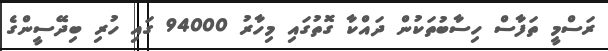
ރަސްމީ ތަފާސް ހިސާބުތަކުން ދައްކާ ގޮތުގައި މިހާރު 94000 ގައި ހުރި ބިދޭސީންގެ